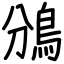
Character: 鳻